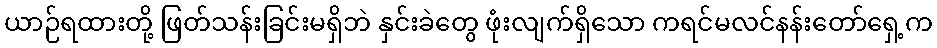
ယာဉ်ရထားတို့ ဖြတ်သန်းခြင်းမရှိဘဲ နှင်းခဲတွေ ဖုံးလျက်ရှိသော ကရင်မလင်နန်းတော်ရှေ့က